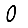
Digit: 0